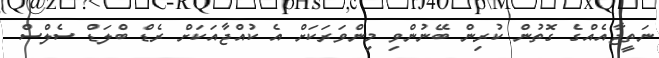
ނަތީޖާއެއްގެ ގޮތުން ކުރިން ބޭނުންވި މިންވަރަކަށް އެ ކުއްޖާއަަކަށް ރެޑް ބްލަޑް ސެލްސް